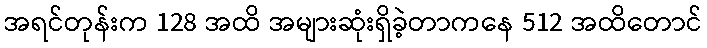
အရင်တုန်းက 128 အထိ အများဆုံးရှိခဲ့တာကနေ 512 အထိတောင်